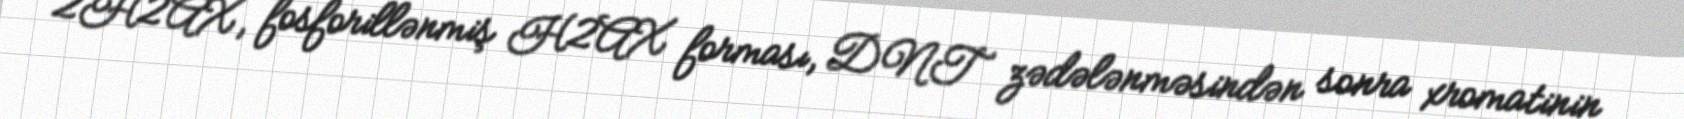
2H2AX, fosforillənmiş H2AX forması, DNT zədələnməsindən sonra xromatinin